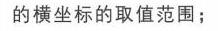
的横坐标的取值范围；